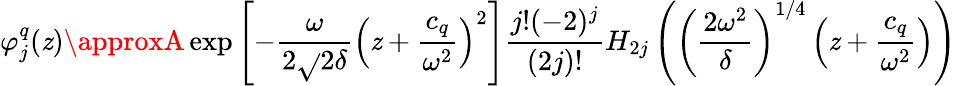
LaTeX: \varphi_{j}^{q}(\mathit{z})\approxA\exp\left[-\frac{{\omega}}{{2\sqrt{}{{2\delta}}}}\left(\mathit{z}+\frac{{c_{q}}}{{\omega^{2}}}\right)^{2}\right]\frac{{j!(-2)^{j}}}{{(2j)!}}H_{2j}\left(\left(\frac{{2\omega^{2}}}{{\delta}}\right)^{1/4}\left(\mathit{z}+\frac{{c_{q}}}{{\omega^{2}}}\right)\right)